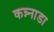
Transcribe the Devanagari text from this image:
कन्न्नाडा